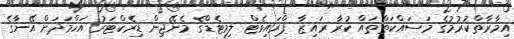
އިމާރާތްކުރުމުގެ މަސައްކަތްތައް ކުރާ ރައިޒާ ޕްރައިވެޓް ލިމިޓެޑްގެ މެނޭޖިން ޑިރެކްޓަރު އަހްމަދަށް އޭނާގެ